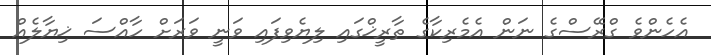
އެހެންވެ ގްރޭސްގެ ނަން އެމެރިކާގެ ތާރީޚްގައި ލިޔެވިފައި ވަނީ ވަރަށް ހާއްސަ ޚިޔާލެއް